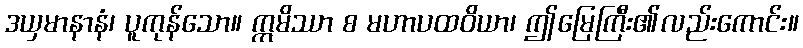
ဒယှမာနာနံ၊ ပူကုန်သော။ ဣမိဿာ စ မဟာပထဝိယာ၊ ဤမြေကြီး၏လည်းကောင်း။